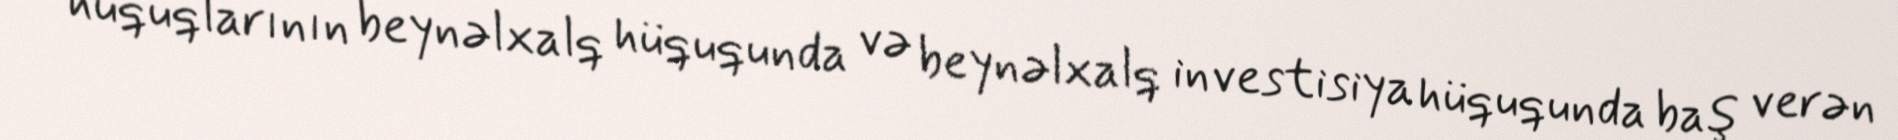
hüquqlarının beynəlxalq hüququnda və beynəlxalq investisiya hüququnda baş verən